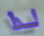
لذا